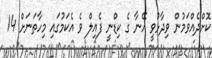
ކޮށްދެއްވަމުން ވިދާޅުވީ އޭނާ ގެ ކިޑްނީ ފެއިލް ވެ އެކަމުގައި މިހާތަނަށް 14